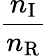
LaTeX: \frac{n_{\mathrm{I}}}{n_{\mathrm{R}}}